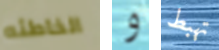
الخاطئه و تهبط